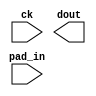

module altddio_input_1bit (
	ck,
	dout,
	pad_in);	

	input		ck;
	output	[1:0]	dout;
	input	[0:0]	pad_in;
endmodule